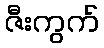
ဇီးကွက်